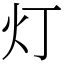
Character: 灯